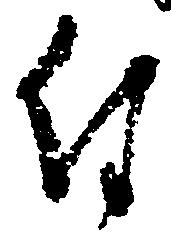
付